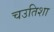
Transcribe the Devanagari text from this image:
चउतिशा